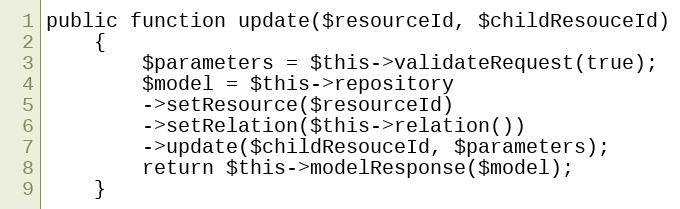
Language: PHP
public function update($resourceId, $childResouceId)
    {
        $parameters = $this->validateRequest(true);
        $model = $this->repository
        ->setResource($resourceId)
        ->setRelation($this->relation())
        ->update($childResouceId, $parameters);
        return $this->modelResponse($model);
    }